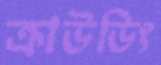
ক্রাউডিং